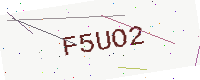
Text: F5UO2